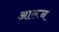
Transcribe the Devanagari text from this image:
आरून